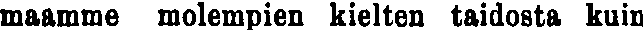
maamme molempien kielten taidosta kuin